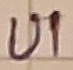
Text: U1